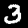
Digit: 3